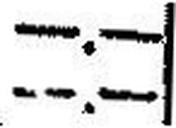
—.—